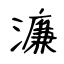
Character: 濂